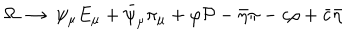
\Omega \ \to \ \psi _ { \mu } E _ { \mu } + \bar { \psi } _ { \mu } \pi _ { \mu } + \varphi { \cal P } - \bar { \eta } \pi - c \rho + \bar { c } \bar { \eta }